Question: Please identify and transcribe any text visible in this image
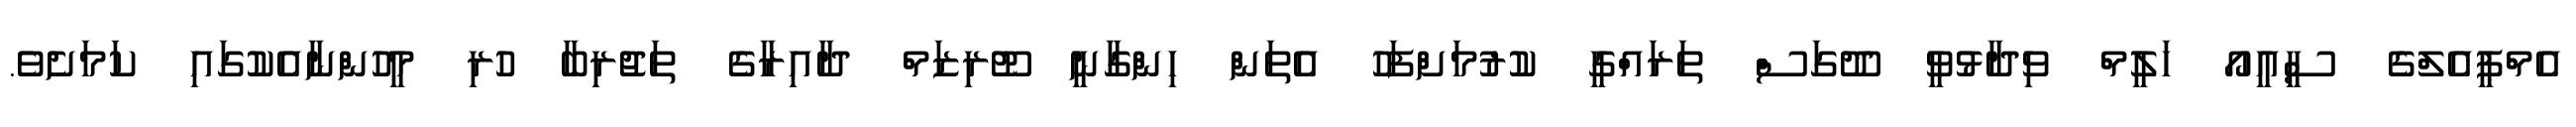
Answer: އެމްޕީއެލްގެ ސީއީއޯ ހަލީމް ވިދާޅުވީ ދޫގަސް ތަރައްގީ ކުރުމަށްފަހު އެތަން ހިންގާނީ ޓޫރިޒަމް ދާއިރާގެ ތަޖުރިބާ ހުރި މީހުންނާއެކުގައި ކަމަށެވެ.